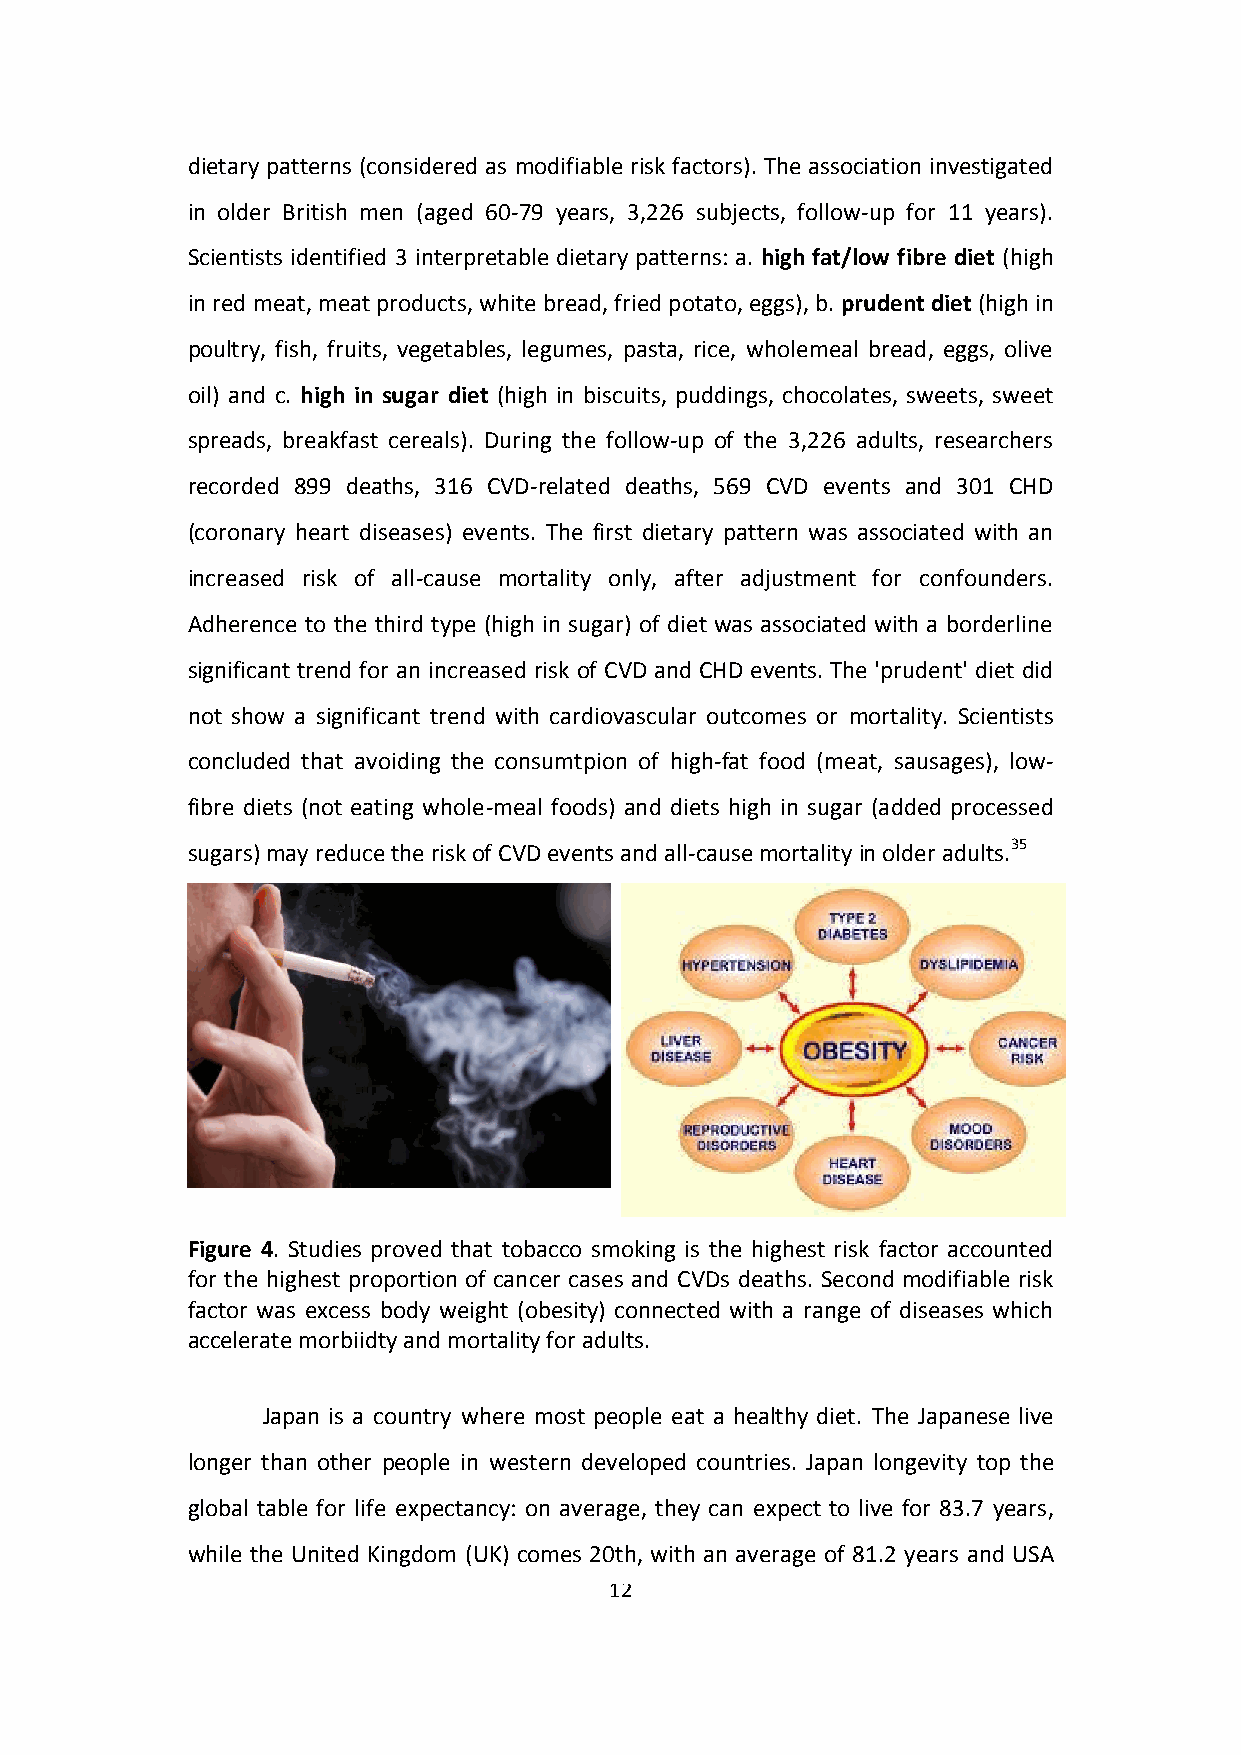
dietary patterns (considered as modifiable risk factors). The association investigated
 in older British men (aged 60-79 years, 3,226 subjects, follow-up for 11 years).
 Scientists identified 3 interpretable dietary patterns: a. high fat/low fibre diet (high
 in red meat, meat products, white bread, fried potato, eggs), b. prudent diet (high in
 poultry, fish, fruits, vegetables, legumes, pasta, rice, wholemeal bread, eggs, olive
 oil) and c. high in sugar diet (high in biscuits, puddings, chocolates, sweets, sweet
 spreads, breakfast cereals). During the follow-up of the 3,226 adults, researchers
 recorded 899 deaths, 316 CVD-related deaths, 569 CVD events and 301 CHD
 (coronary heart diseases) events. The first dietary pattern was associated with an
 increased risk of all-cause mortality only, after adjustment for confounders.
 Adherence to the third type (high in sugar) of diet was associated with a borderline
 significant trend for an increased risk of CVD and CHD events. The 'prudent' diet did
 not show a significant trend with cardiovascular outcomes or mortality. Scientists
 concluded that avoiding the consumtpion of high-fat food (meat, sausages), low-
 fibre diets (not eating whole-meal foods) and diets high in sugar (added processed
 sugars) may reduce the risk of CVD events and all-cause mortality in older adults.35
 Figure 4. Studies proved that tobacco smoking is the highest risk factor accounted
 for the highest proportion of cancer cases and CVDs deaths. Second modifiable risk
 factor was excess body weight (obesity) connected with a range of diseases which
 accelerate morbiidty and mortality for adults.
 Japan is a country where most people eat a healthy diet. The Japanese live
 longer than other people in western developed countries. Japan longevity top the
 global table for life expectancy: on average, they can expect to live for 83.7 years,
 while the United Kingdom (UK) comes 20th, with an average of 81.2 years and USA
 12